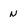
Character: n